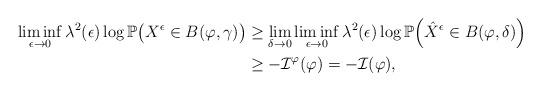
LaTeX: \begin{align*}\liminf_{\epsilon\to0}\lambda^2(\epsilon)\log\mathbb P\big(X^{\epsilon}\in B(\varphi,\gamma)\big)& \geq \lim_{\delta\to0}\liminf_{\epsilon\to0}\lambda^2(\epsilon)\log\mathbb P\Big(\hat{X}^{\epsilon} \in B(\varphi,\delta)\Big) \\& \geq -\mathcal{I}^{\varphi}(\varphi)=-\mathcal{I}(\varphi),\end{align*}